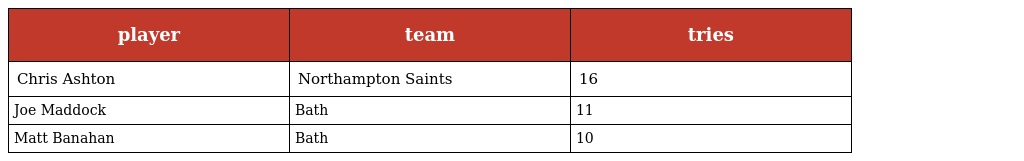
| player | team | tries |
 | --- | --- | --- |
 | Chris Ashton | Northampton Saints | 16 |
 | Joe Maddock | Bath | 11 |
 | Matt Banahan | Bath | 10 |